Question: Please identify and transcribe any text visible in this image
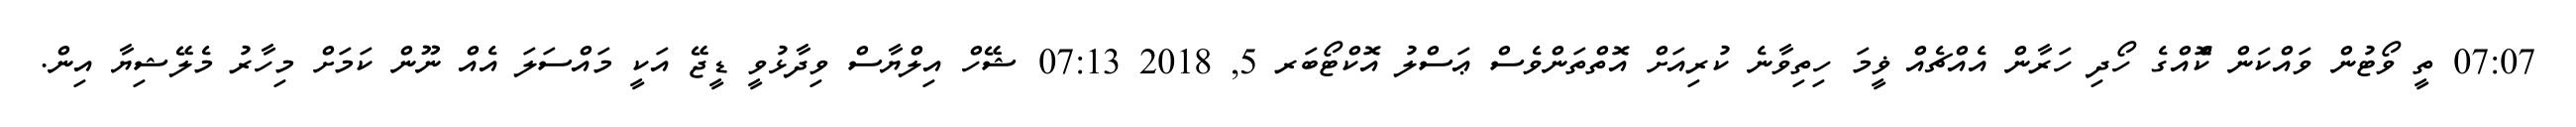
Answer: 07:07 ތީ ވޯޓުން ވައްކަން ކޮްއްގެ ހޯދި ހަރާން އެއްޗެއް ޥީމަ ހިތިވާނެ ކުރިއަށް އޮތްތަންވެސް ޢަސްލު އޮކްޓޯބަރ 5, 2018 07:13 ޝޭހް އިލްޔާސް ވިދާޅުވީ ޑީޖޭ އަކީ މައްސަލަ އެއް ނޫން ކަމަށް މިހާރު މެލޭޝިޔާ އިން.